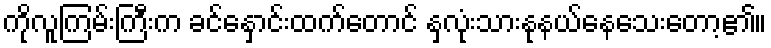
ကိုလူကြမ်းကြီးက ခင်နှောင်းထက်တောင် နှလုံးသားနုနယ်နေသေးတော့၏။